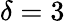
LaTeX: \delta=3